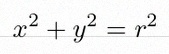
x^2+y^2=r^2